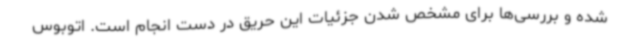
شده و بررسی‌ها برای مشخص شدن جزئیات این حریق در دست انجام است. اتوبوس